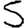
Digit: 5